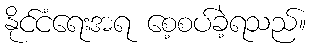
နိုင်ငံရေးအရ စေ့စပ်ခဲ့ရသည်။